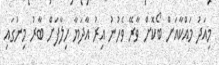
މިއަދު މައްކާއަށް ބޯކޮށް ވާރޭ ވެހުނު އިރު އާދަޔާ ހިލާފަށް ބާރު މިނުގައި